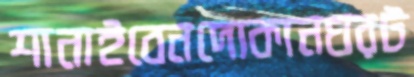
শানাইবেনদোকানঘরট